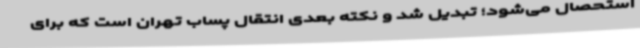
استحصال می‌شود؛ تبدیل شد و نکته بعدی انتقال پساب تهران است که برای